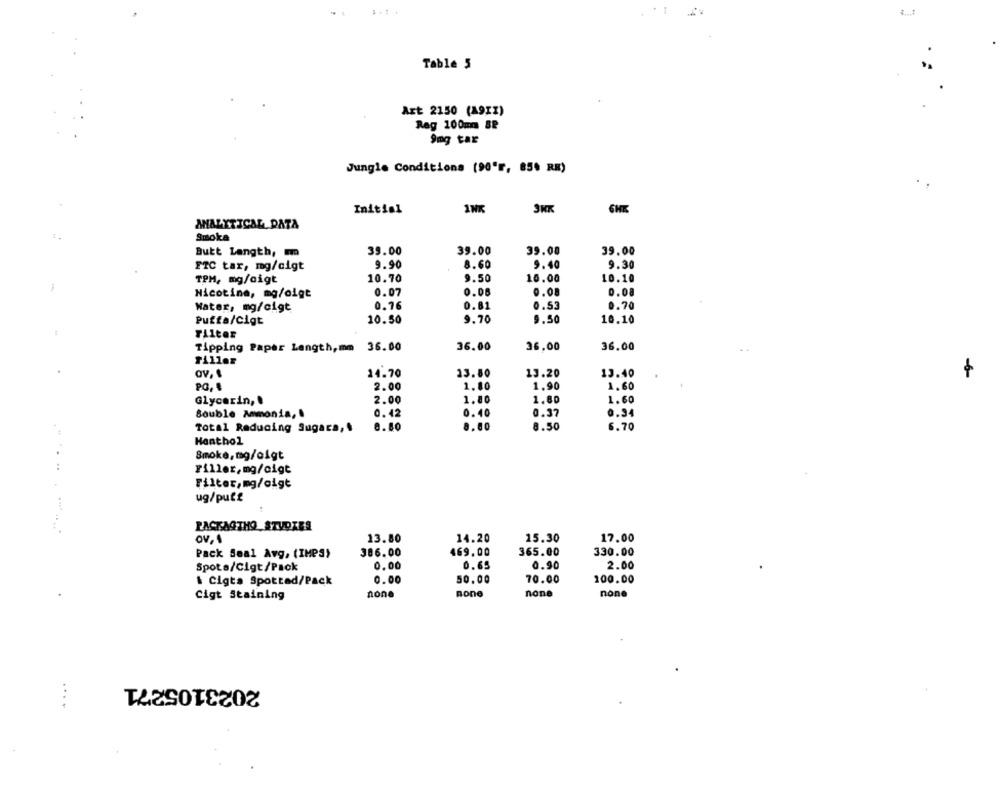
3 ...
Table 5
Art 2150 (A9II)
Rag 100mm SP
9mg tar
Jungle Conditions (90"r, 854 RE)
Initial
ANALYTICAL DATA
1.
Smoka
Butt Langth, m
39.00
39.00
39.00
39.00
FTC tar, mg/cigt
9.90
8.60
9.40
9.30
10.70
9.50
10.00
10.10
TPM, mg/oigt
Nicotine, mg/oigt
0.07
0.08
0.08
0.08
Water, mg/cigt
0.76
0.81
0.53
0.70
Putta/Cigt
10.50
9.70
9.50
10.10
Filter
Tipping Paper Length,mm 36.00
36.00
36.00
36.00
Filler
14.70
13.80
13.40
-6-
av. 1
13.20
2.00
1.80
1.90
1.60
Glycerin ,.
2.00
1.80
1.80
1.60
0.40
0.37
Bouble Ammonia, .
0.42
0.34
Total Reducing Sugara, .
8.80
8.80
8.50
6.70
Hanthol
Smoke, mg/oigt
.....
riller,mg/cigt
Filter,mg/cigt
ug/putt
PACKAGTHO_STUDIES
13.80
14.20
15.30
17.00
Ov, 1
Pack Seal Avg, (IMPS)
386.00
469.00
365.00
330.00
Spota/Cigt/Pack
0.00
0.65
0.90
2.00
\ Cigta Spotted/Pack
0.00
50.00
70.00
100.00
.
none
none
none
none
Cigt Staining
2023105271